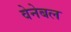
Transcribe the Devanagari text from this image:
वेनेबल